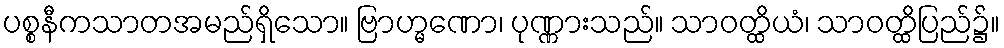
ပစ္စနီကသာတအမည်ရှိသော။ ဗြာဟ္မဏော၊ ပုဏ္ဏားသည်။ သာဝတ္ထိယံ၊ သာဝတ္ထိပြည်၌။